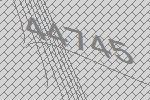
44745